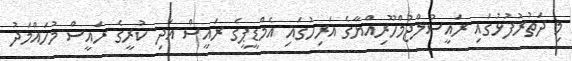
މި ދަތުރުފުޅުގައި ރައީސުލްޖުމްހޫރިއްޔާގެ އަރިހުގައި އެމްޑީޕީގެ ރައީސް އަދި ކުރީގެ ރައީސް މުހައްމަދު